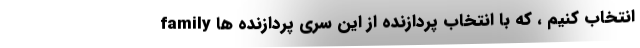
family انتخاب کنیم ، که با انتخاب پردازنده از این سری پردازنده ها